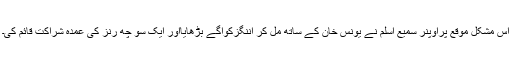
اس مشکل موقع پراوپنر سمیع اسلم نے یونس خان کے ساتھ مل کر اننگزکوآگے بڑھایااور ایک سو چھ رنز کی عمدہ شراکت قائم کی۔